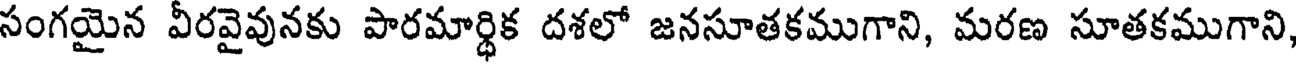
సంగయైన వీరవైవునకు పారమార్థిక దశలో జనసూతకముగాని, మరణ సూతకముగాని